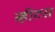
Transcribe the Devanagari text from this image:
व्हीटस